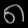
Digit: ၈